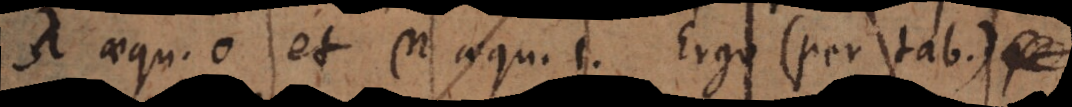
λ aequ. 0 et µ aequ. 1. Ergo (per tab.)